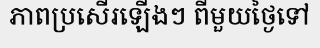
ភាពប្រសើរឡើងៗ ពីមួយថ្ងៃទៅ